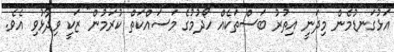
އަޅުގަނޑުމެން މިދަނީ އިތުރު ބަސްތަކެއް ހޯދުމުގެ މަސައްކަތް ކުރަމުން" ޒަކީ ވިދާޅުވި އެވެ.